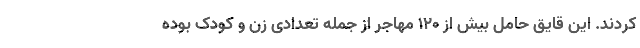
کردند. این قایق حامل بیش از ۱۲۰ مهاجر از جمله تعدادی زن و کودک بوده